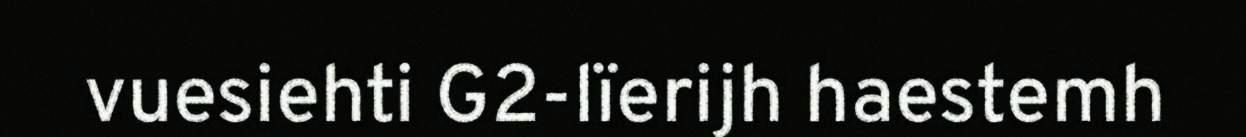
vuesiehti G2-lïerijh haestemh